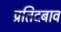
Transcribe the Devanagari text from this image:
प्रतिदबाव